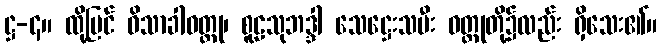
ဋ္ဌ-၄။ ထို့ပြင် ဝိသာခါဝတ္ထု၊ စူဠသုဘဒ္ဒါ သေဋ္ဌေးသမီး ဝတ္ထုတို့၌လည်း ရှိသေး၏။